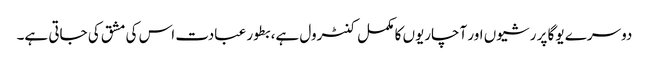
دوسرے یوگا پر رشیوں اور آچاریوں کا مکمل کنٹرول ہے، بطور عبادت اس کی مشق کی جاتی ہے۔